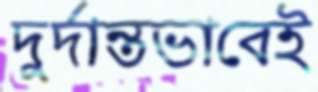
দুর্দান্তভাবেই